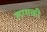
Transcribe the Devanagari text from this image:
लावकी